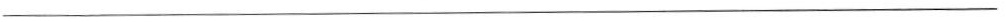
___